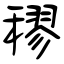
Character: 穋